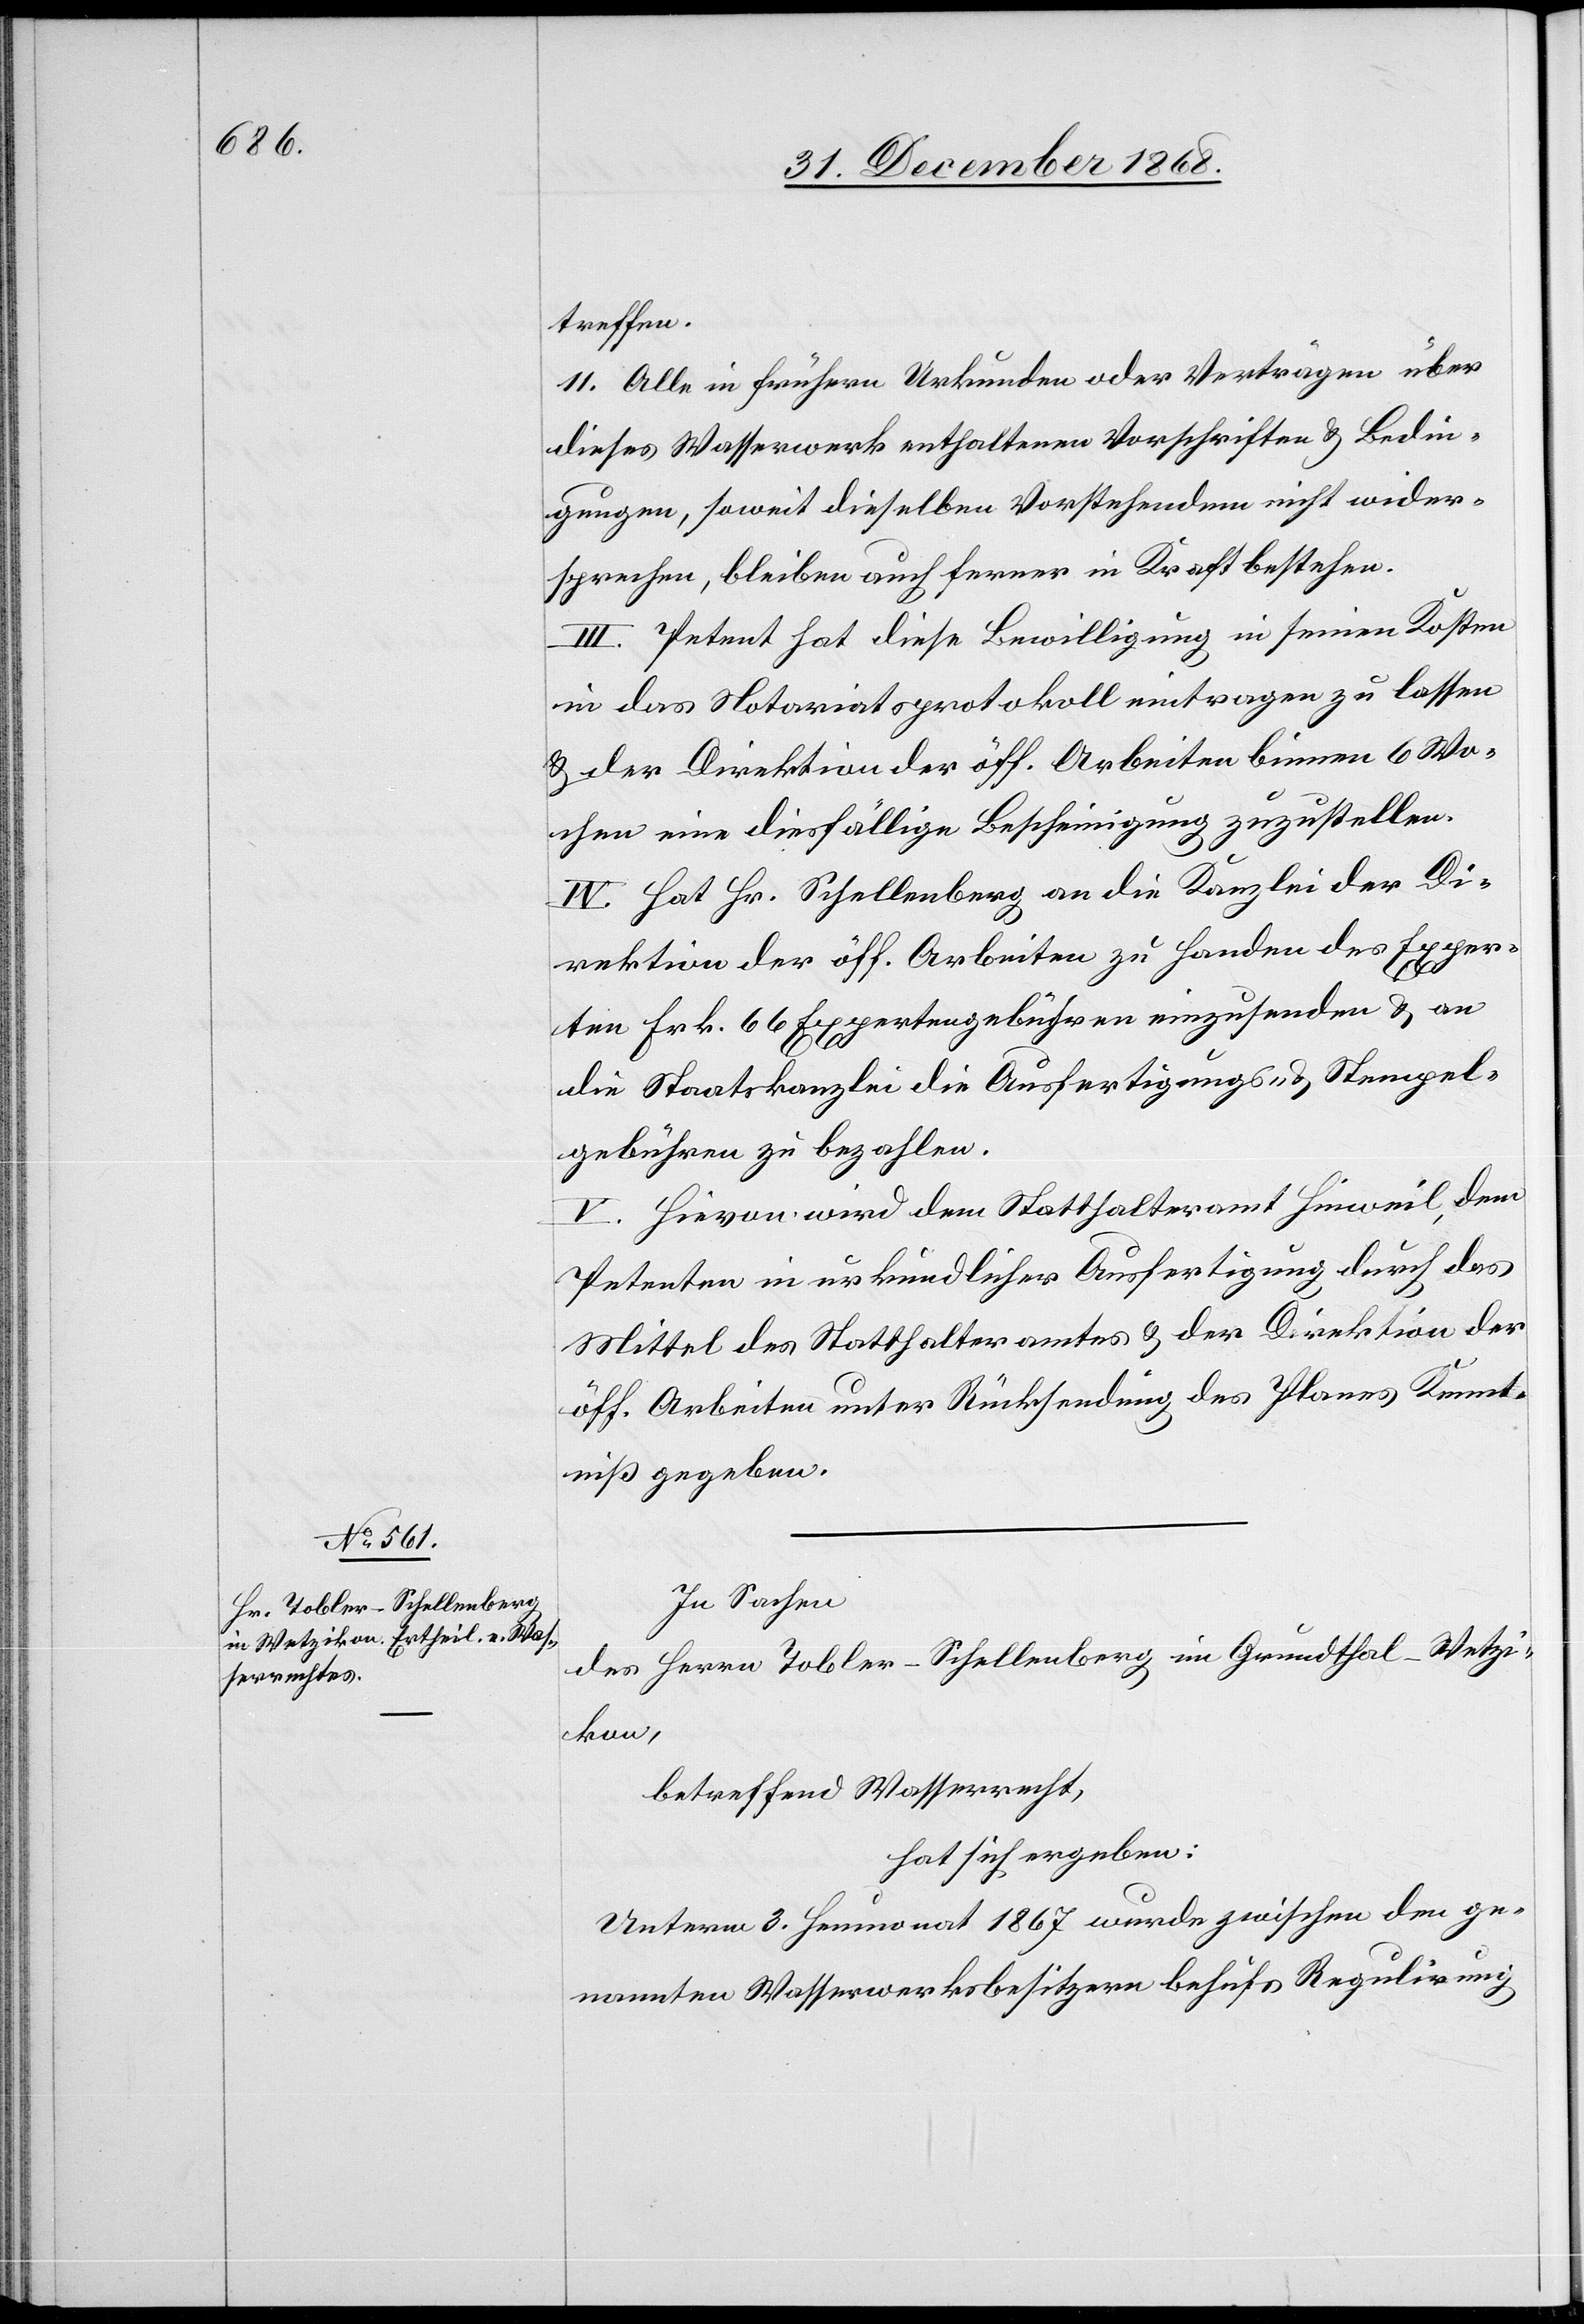
In Sachen
des Herrn Tobler-Schellenberg im Grundthal - Wetzi¬
kon,
betreffend Wasserrecht,
hat sich ergeben:
Unterm 3. Heumonat 1867 wurde zwischen den ge¬
nannten Wasserwerksbesitzern behufs Regulirung